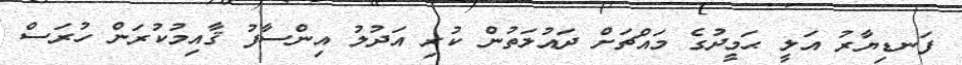
ފަނޑިޔާރު އަލީ ޙަމީދުގެ މައްޗަށް ދައުލަތުން ކުރި އަދުލު އިންސާފު ޤާއިމުކުރަން ހުރަސް